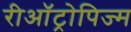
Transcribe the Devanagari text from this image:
रीऑट्रोपिज्म